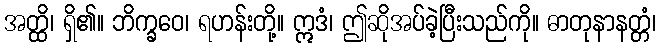
အတ္ထိ၊ ရှိ၏။ ဘိက္ခဝေ၊ ရဟန်းတို့။ ဣဒံ၊ ဤဆိုအပ်ခဲ့ပြီးသည်ကို။ ဓာတုနာနတ္တံ၊